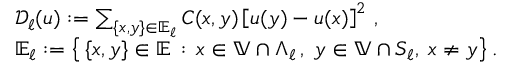
\begin{array} { r l } & { \ensuremath { \mathcal D } _ { \ell } ( u ) : = \sum _ { \{ x , y \} \in { \ensuremath { \mathbb E } } _ { \ell } } C ( x , y ) \left[ u ( y ) - u ( x ) \right] ^ { 2 } \, , } \\ & { { \ensuremath { \mathbb E } } _ { \ell } : = \bigl \{ \, \{ x , y \} \in { \ensuremath { \mathbb E } } \, : \, x \in { \ensuremath { \mathbb V } } \cap \Lambda _ { \ell } \, , \; y \in { \ensuremath { \mathbb V } } \cap S _ { \ell } , \; x \not = y \bigr \} \, . } \end{array}